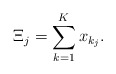
\begin{align*}\Xi_j=\sum_{k=1}^K x_{k_j}. \end{align*}